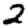
Digit: 2